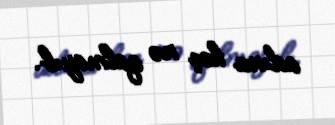
adına heç nə qalmayıb.